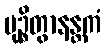
မုဉ္စိတွာနန္တကံ